Civil Veterinary Department Bihar & Orissa reports 1929-36 - 1929-1936
Year: 1929
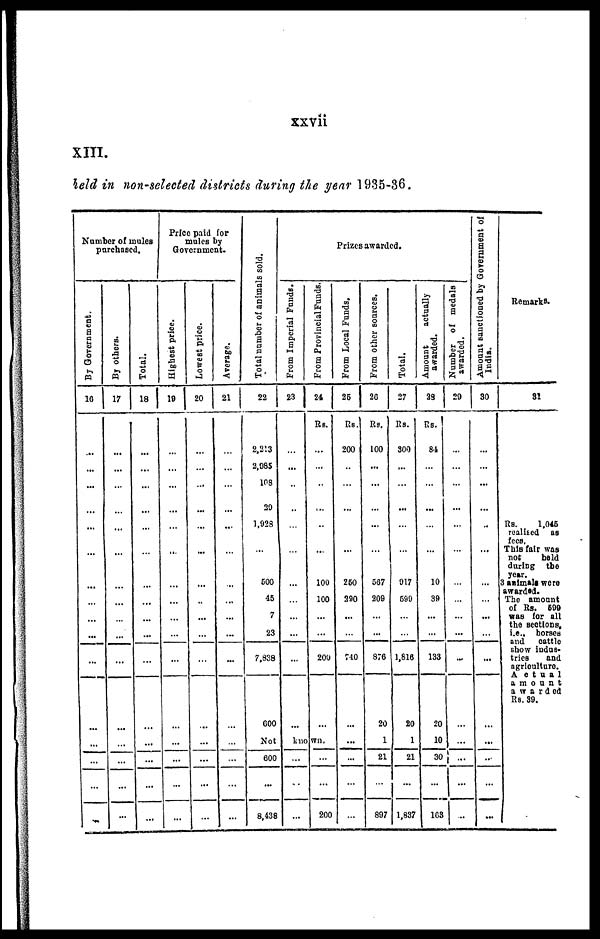
xxvii
XIII.
held in non-selected districts during the year 1935-36.
Number of mules
purchased.
By Government.
16
...
...
...
...
...
...
...
...
...
...
...
...
...
...
...
...
By others.
17
...
...
...
...
...
...
...
...
...
...
...
...
...
...
...
...
Total.
18
...
...
...
...
...
...
...
...
...
...
...
...
...
...
...
...
Price paid for
mules by
Government.
Highest price.
19
...
...
...
...
...
...
...
...
...
...
...
...
...
...
...
...
Lowest price.
20
...
...
...
...
...
...
...
...
...
...
...
...
...
...
...
... ...
Average.
21
...
...
...
...
...
...
...
...
...
...
...
...
...
...
...
... ...
Total number of animals sold.
22
2,213
2.085
108
30
1,028
...
500
45
7
23
7.838
600
Prizes awarded.
From Imperial Funds.
23
...
...
...
...
...
...
...
...
...
...
...
...
From Provincial Funds.
24
Rs.
...
...
...
...
...
....
100
100
...
...
200
...
Not
known.
600
...
8,438
...
...
...
...
200
From Local Funds.
26
Rs.
200
...
...
...
...
...
250
290
...
...
740
...
...
...
...
...
From other sources.
20
Rs.
100
...
...
...
...
...
507
209
...
...
876
20
1
21
...
897
Total.
27
Rs.
300
...
...
...
...
...
917
590
...
...
1.816
20
1
21
...
1,837
Amount
actually
awarded.
29
Rs.
8-1
...
...
...
...
...
10
39
...
...
133
20
10
30
...
163
Number of medals
awarded.
20
...
...
...
...
...
...
...
...
...
...
...
...
...
...
...
...
Amount sanctioned by Government of
India.
30
...
...
...
...
...
...
...
...
...
...
...
...
...
...
...
...
Remarks.
31
Rs.
1,045
realised as
fees.
This fair was
not
held
during the
3 animals were
awarded.
The amount
of Rs. 599
was for all
the sections,
i.e.. horses
show Indus-
tries
and
agriculture.
amount
awarded
Rs. 39.